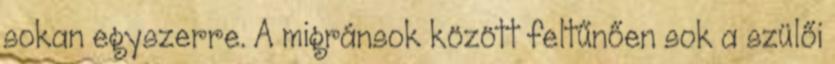
sokan egyszerre. A migránsok között feltűnően sok a szülői